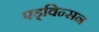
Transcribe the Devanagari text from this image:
एड्विन्सन